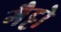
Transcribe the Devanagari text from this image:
गैट्टो